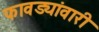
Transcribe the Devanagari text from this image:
फावड्यांवारी